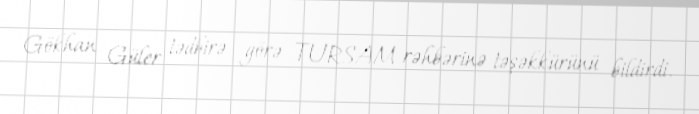
Gökhan Güler tədbirə görə TURSAM rəhbərinə təşəkkürünü bildirdi.